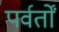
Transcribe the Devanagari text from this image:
पर्वर्तों